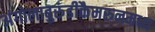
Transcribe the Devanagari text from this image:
अंगोलाबुरुंडीकैमरुनमध्य